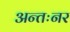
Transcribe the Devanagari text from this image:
अन्तःनर